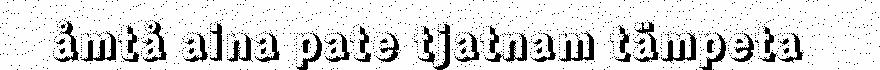
åmtå aina pate tjatnam tämpeta